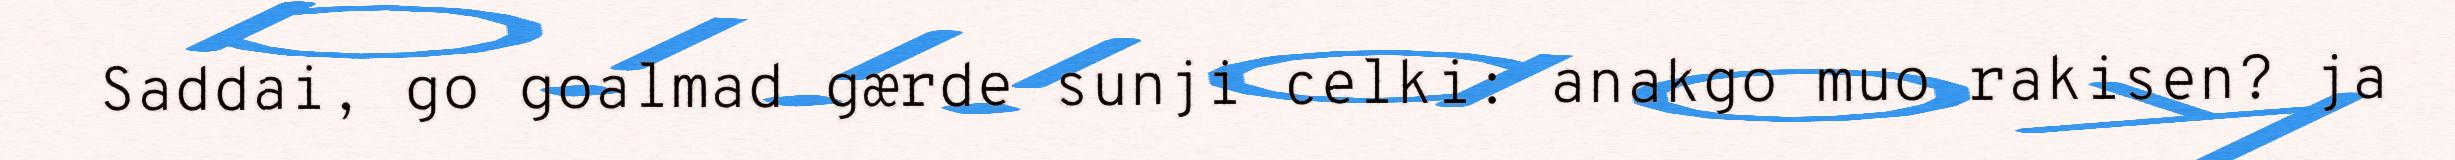
Saddai, go goalmad gærde sunji celki: anakgo muo rakisen? ja